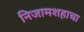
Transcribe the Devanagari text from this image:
निजामशहाचा